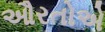
ઔરતોએ